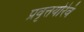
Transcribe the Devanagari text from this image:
प्रवृत्तयोरेवं